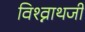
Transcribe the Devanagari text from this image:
विश्व्नाथजी